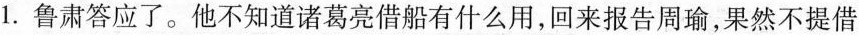
1.鲁肃答应了。他不知道诸葛亮借船有什么用，回来报告周瑜，果然不提借